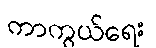
ကာကွယ်ရေး